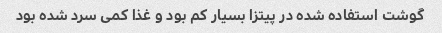
گوشت استفاده شده در پیتزا بسیار کم بود و غذا کمی سرد شده بود